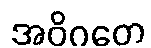
အဝိဂတေ